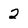
Character: 2